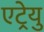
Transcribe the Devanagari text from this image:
एट्रेयु